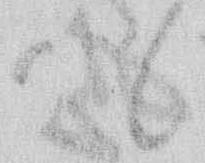
候